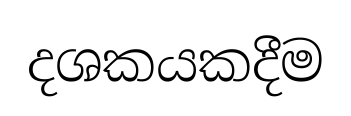
දශකයකදීම